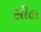
સીલ